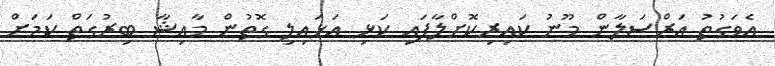
އެވަގުތު އަރްސަލާން މޫނު ކައިރިކޮށްލާފައި ކަޅި އަޅައިލި ގޮތުން މާއިޝާ ބިރުގަތް ކަމަށް